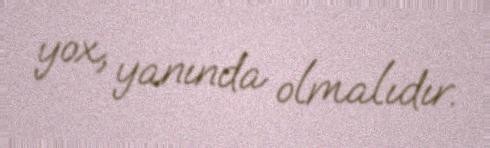
yox, yanında olmalıdır.